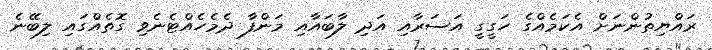
ރައްޔިތުންނަށް އެކަމެއްގެ ހަގީގީ އަސަރާއި އަދި ލާބައާއި މަންފާ ދެމެހެއްޓެނެވި ގޮތެއްގައި ލިބޭނެ